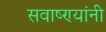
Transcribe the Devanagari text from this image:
सवाष्ण्यांनी